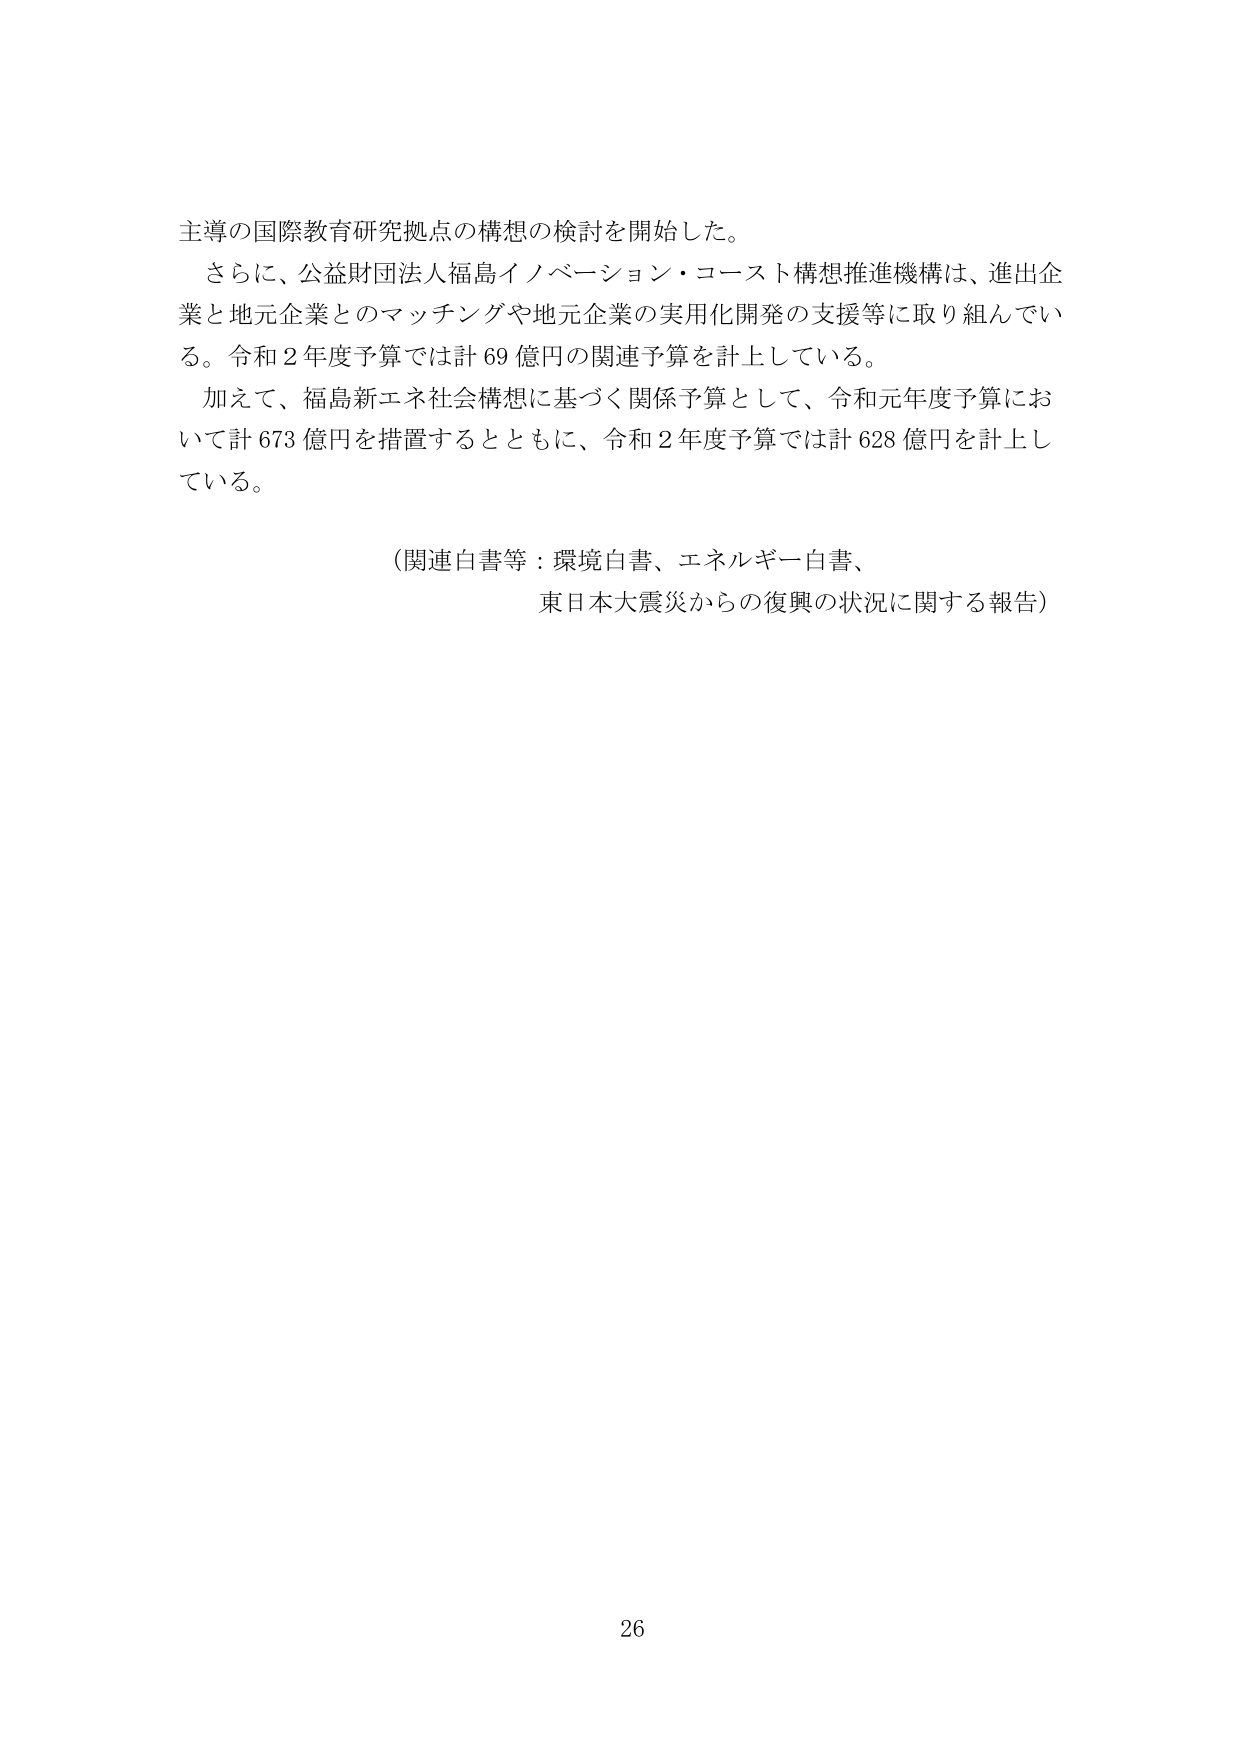
主導の国際教育研究拠点の構想の検討を開始した。

さらに、公益財団法人福島イノベーション・コースト構想推進機構は、進出企業と地元企業とのマッチングや地元企業の実用化開発の支援等に取り組んでいる。令和２年度予算では計６９億円の関連予算を計上している。

加えて、福島新エネ社会構想に基づく関係予算として、令和元年度予算において計６７３億円を措置するとともに、令和２年度予算では計６２８億円を計上している。

（関連白書等：環境白書、エネルギー白書、
東日本大震災からの復興の状況に関する報告）

26